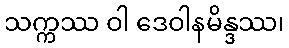
သက္ကဿ ဝါ ဒေဝါနမိန္ဒဿ၊